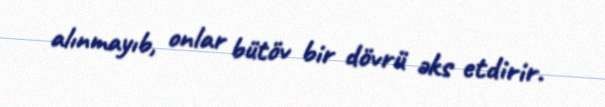
alınmayıb, onlar bütöv bir dövrü əks etdirir.